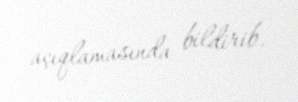
açıqlamasında bildirib.